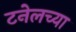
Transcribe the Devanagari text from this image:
टनेलच्या